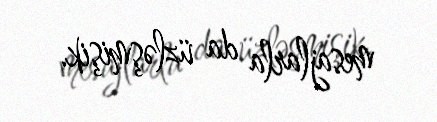
mesajlarla da üzləşmişik.